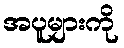
အပူများကို